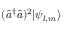
( \hat { a } ^ { \dagger } \hat { a } ) ^ { 2 } | \psi _ { l , m } \rangle